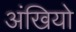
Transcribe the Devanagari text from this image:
अंखियो